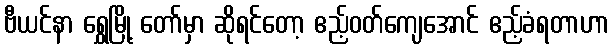
ဗီယင်နာ ရွှေမြို့ တော်မှာ ဆိုရင်တော့ ဧည့်ဝတ်ကျေအောင် ဧည့်ခံရတာဟာ